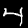
Digit: 4